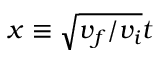
x \equiv \sqrt { v _ { f } / v _ { i } } t